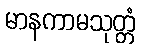
မာနကာမသုတ္တံ